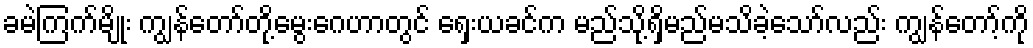
ခမဲကြက်မျိုး ကျွန်တော်တို့မွေးဂေဟာတွင် ရှေးယခင်က မည်သို့ရှိမည်မသိခဲ့သော်လည်း ကျွန်တော့်ကို